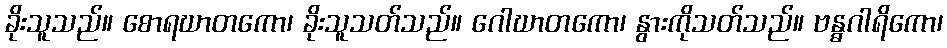
ခိုးသူသည်။ စောရဃာတကော၊ ခိုးသူသတ်သည်။ ဂေါဃာတကော၊ နွားကိုသတ်သည်။ ဗန္ဓဂါရိကော၊